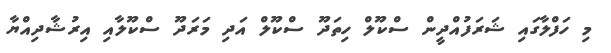
މި ހަފްލާގައި ޝަރަފުއްދީން ސްކޫލް ހިތަދޫ ސްކޫލް އަދި މަރަދޫ ސްކޫލާއި އިރުޝާދިއްޔާ